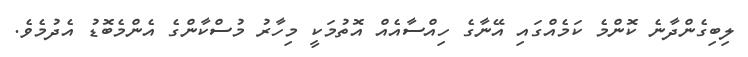
ލިބިގެންދާނެ ކޮންމެ ކަމެއްގައި އޭނާގެ ހިއްސާއެއް އޮތުމަކީ މިހާރު މުސްކާންގެ އެންމެބޮޑު އެދުމެވެ.